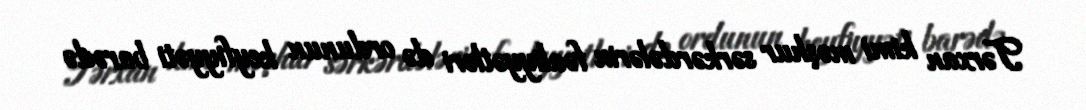
Tərxan kimi məşhur sərkərdələrin fəaliyyətləri də ordunun keyfiyyəti barədə